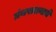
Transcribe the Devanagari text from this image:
ग्रंथपालनाचे